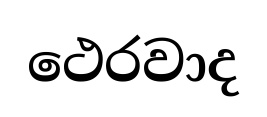
ථෙරවාද